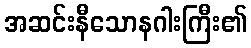
အဆင်းနီသောနဂါးကြီး၏